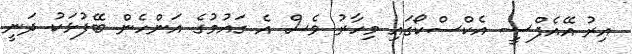
އިރު އޭއެފްސީ އެކްސްކޯގައި މިހާރު ވެސް އެ ގައުމުގެ އަންހެން ބޭފުޅަކު ދަނީ